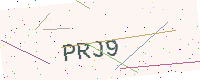
Text: PRJ9